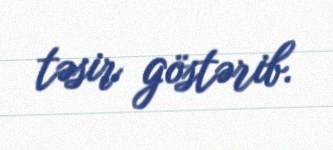
təsir göstərib.